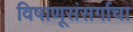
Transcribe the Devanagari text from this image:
विषाणूसंसर्गाचा